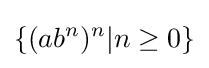
\{(ab^{n})^{n}|n\geq 0\}